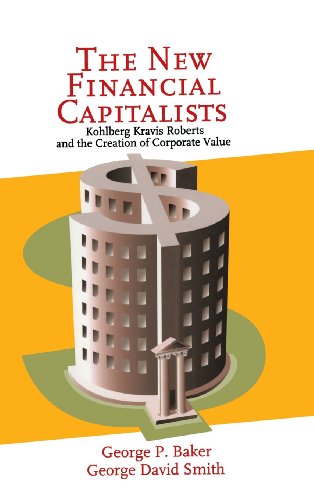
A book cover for The New Financial Capitalists: Kohlberg Kravis Roberts and the Creation of Corporate Value; George P. Baker; Business & Money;